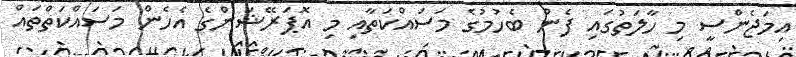
އިމަޖެންސީ މި ހާލަތުގައި ފެން ބެހުމުގެ މަސައްކަތާއި މި އޮޕަރޭޝަންގެ އެހެން މަސައްކަތްތައް